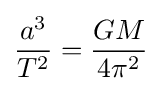
{\frac {a^{3}}{T^{2}}}={\frac {GM}{4\pi ^{2}}}